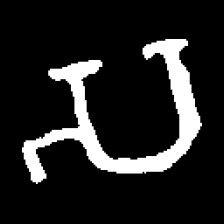
Pyu character \u2014 Myanmar letter: သ (romanized: sa)